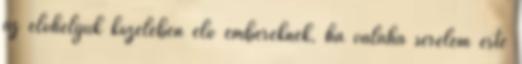
az élőhelyük közelében élő embereknek, ha valaha sérelem érte